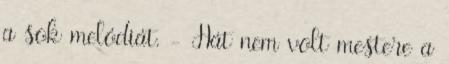
a sok melódiát. - Hát nem volt mestere a